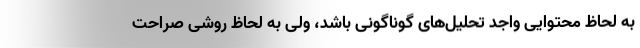
به لحاظ محتوایی واجد تحلیل‌های گوناگونی باشد، ولی به لحاظ روشی صراحت